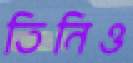
তিনিও